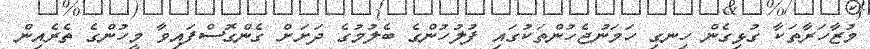
މުޒާހަރާތަކާ ގުޅިގެން ހިނގި ހަމަނުޖެހުންތަކުގައި ފުލުހުންގެ ބެލުމުގެ ދަށަށް ގެންގޮސްފައިވާ މީހުންގެ ތެރެއިން